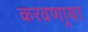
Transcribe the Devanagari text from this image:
करवणार्‍या